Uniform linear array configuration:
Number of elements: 12
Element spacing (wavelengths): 1
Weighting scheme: hamming
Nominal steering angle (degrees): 30
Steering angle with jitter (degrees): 28.719
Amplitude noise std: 0.05
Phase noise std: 0.05

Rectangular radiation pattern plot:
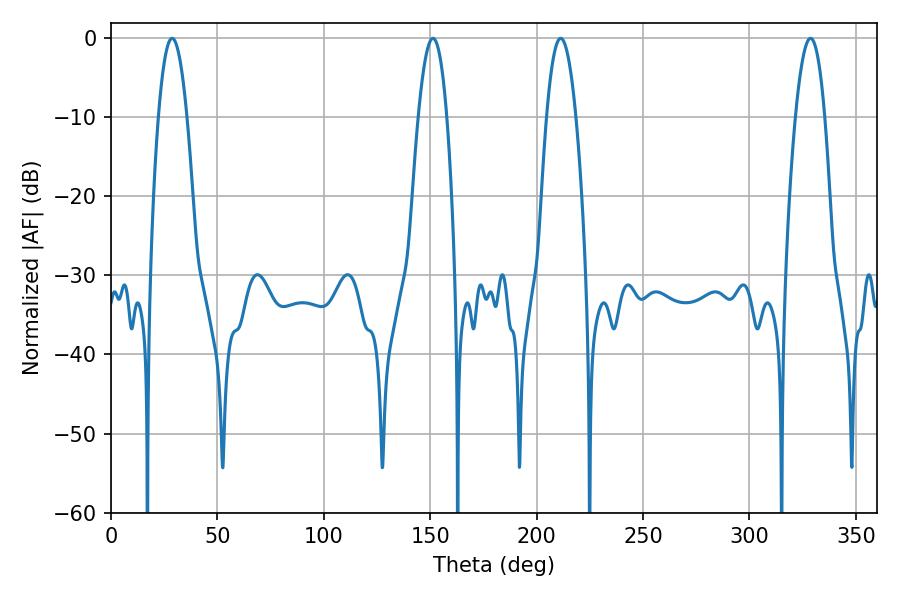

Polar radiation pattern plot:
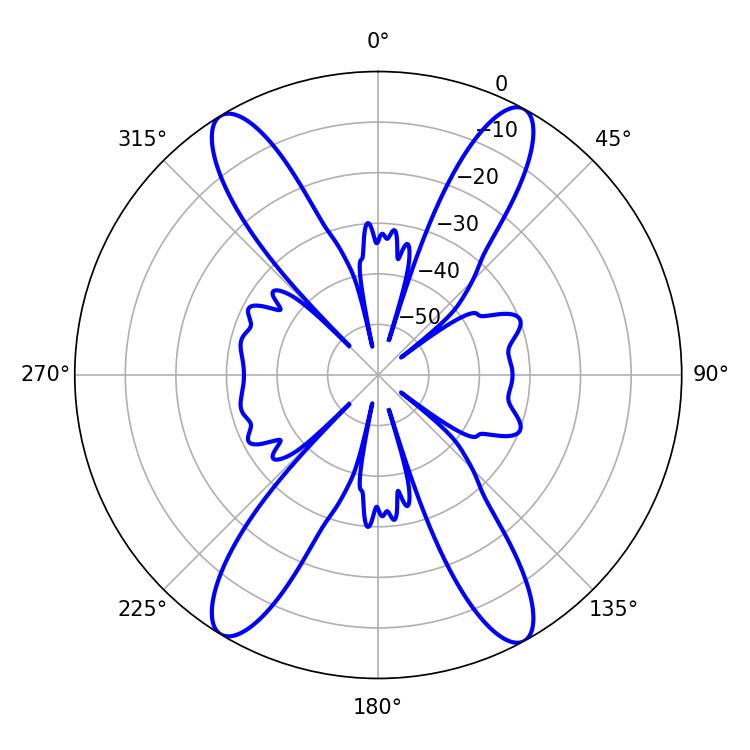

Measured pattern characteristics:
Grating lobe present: TRUE
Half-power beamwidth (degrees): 7.56
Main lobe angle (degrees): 211.32